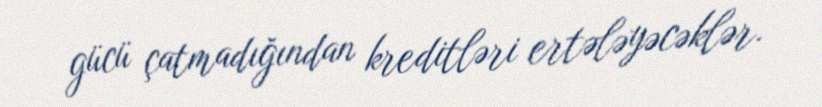
gücü çatmadığından kreditləri ertələyəcəklər.